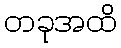
တခုအထိ